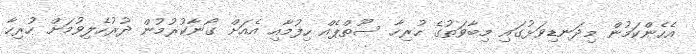
އެހެންކަމުން މިދަނޑިވަޅުގައި މިބާވަތުގެ ހުރިހާ ސޫތްޕެއް ހިފުމާއި އެއަށް ގޯނާކުރުމުން ދުރުހެލިވުމަށް ހުރިހާ